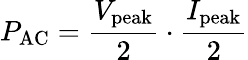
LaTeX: P_{\mathrm{AC}}={\frac{V_{\mathrm{peak}}}{2}}\cdot{\frac{I_{\mathrm{peak}}}{2}}